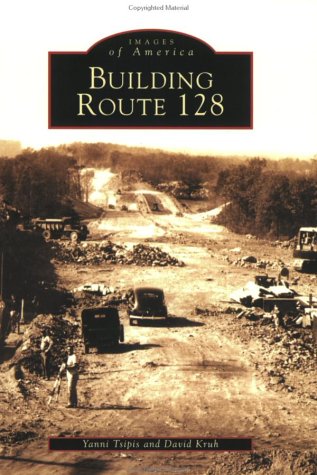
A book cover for Building  Route  128  (MA)   (Images  of  America); Yanni Tsipis; Travel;